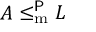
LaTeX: A \leq _ { \mathrm { { m } } } ^ { \mathsf { P } } L